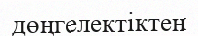
дөңгелектіктен